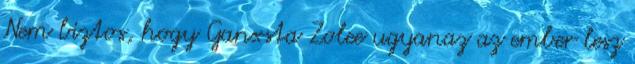
Nem biztos, hogy Ganxsta Zolee ugyanaz az ember lesz